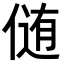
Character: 𪝘